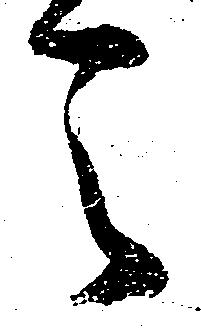
天